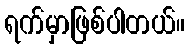
ရက်မှာဖြစ်ပါတယ်။